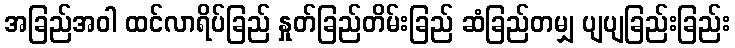
အခြည်အဝါ ထင်လာရိပ်ခြည် နှုတ်ခြည်တိမ်းခြည် ဆံခြည်တမျှ ပျပျခြည်းခြည်း